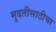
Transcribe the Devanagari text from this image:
मुदतीसाठीचा